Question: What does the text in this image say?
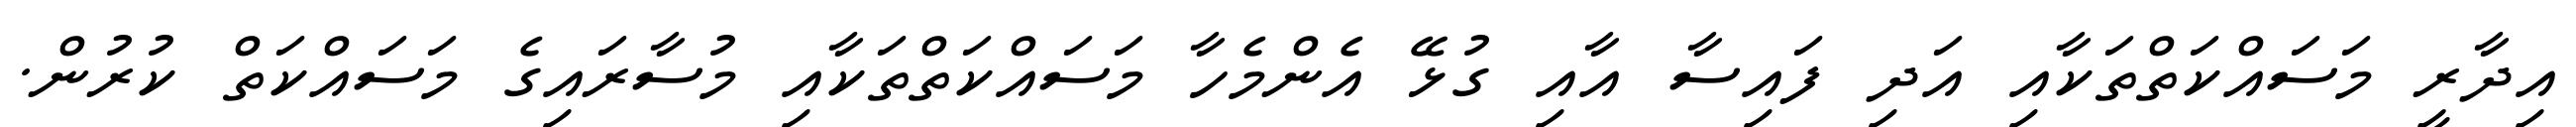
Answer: އިދާރީ މަސައްކަތްތަކާއި އަދި ފައިސާ އާއި ގުޅޭ އެންމެހާ މަސައްކަތްތަކާއި މުސާރައިގެ މަސައްކަތް ކުރުން.